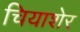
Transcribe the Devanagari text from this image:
चियाशेर